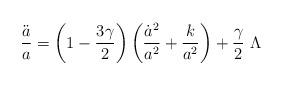
LaTeX: \begin{align*}\frac{\ddot{a}}{a}=\left(1-\frac{3\gamma}{2}\right)\left(\frac{\dot{a}^2}{a^2}+\frac{k}{a^2}\right)+\frac{\gamma}{2}\ \Lambda\end{align*}